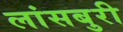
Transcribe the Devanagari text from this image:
लांसबुरी